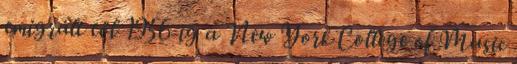
emigrált től 1956-ig a New York College of Music